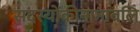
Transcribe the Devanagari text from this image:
सदस्योंकीनामावलि